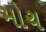
મોચ